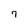
Character: 7